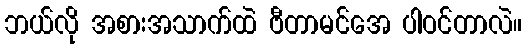
ဘယ်လို အစားအသာက်ထဲ ဗီတာမင်အေ ပါဝင်တာလဲ။